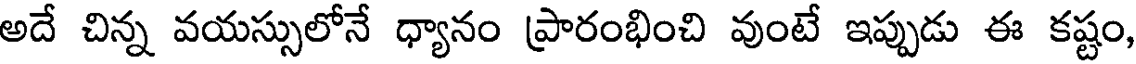
అదే చిన్న వయస్సులోనే ధ్యానం ప్రారంభించి వుంటే ఇప్పుడు ఈ కష్టం,